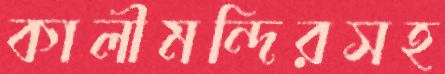
কালীমন্দিরসহ